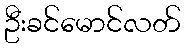
ဦးခင်မောင်လတ်